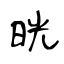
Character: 晄